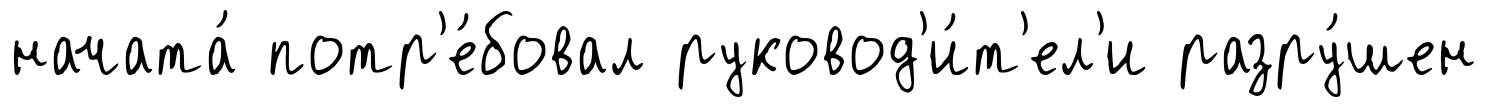
начата́ потр'е́бовал руковод'и́т'ел'и разру́шен